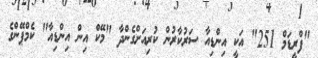
"ފްރީޑަމް 251" އަކީ އިންޑިއާ ސަރުކާރުން ކުރިއަށްގެންދާ "މޭކް އިން އިންޑިއާ" ކެމްޕޭންގެ